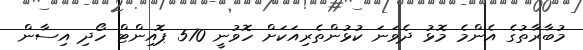
މުބާރާތުގެ އެންމެ މޮޅު ދެވަނަ ކުޅުންތެރިއަކަށް ހޮވުނީ 570 ޕޮއިންޓް ހޯދި އިސާން